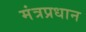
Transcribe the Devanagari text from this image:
मंत्रप्रधान